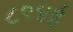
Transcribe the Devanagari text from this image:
८९४ई